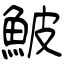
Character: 鮍